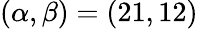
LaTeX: (\alpha,\beta)=(21,12)